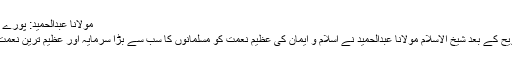
مولانا عبدالحمید: پورے مسلمان بن جاو
نمازعشا و تراویح کے بعد شیخ الاسلام مولانا عبدالحمید نے اسلام و ایمان کی عظیم نعمت کو مسلمانوں کا سب سے بڑا سرمایہ اور عظیم ترین نعمت الہیہ قرار دیا۔